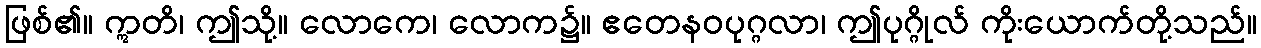
ဖြစ်၏။ ဣတိ၊ ဤသို့။ လောကေ၊ လောက၌။ ဧတေနဝပုဂ္ဂလာ၊ ဤပုဂ္ဂိုလ် ကိုးယောက်တို့သည်။